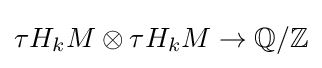
\tau H_{k}M\otimes \tau H_{k}M\to \mathbb {Q} /\mathbb {Z}